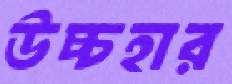
উচ্চহার